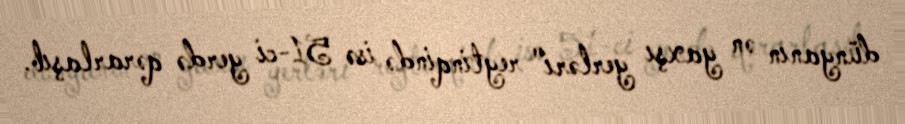
dünyanın ən yaxşı yerləri" reytinqində isə 51-ci yerdə qərarlaşıb.